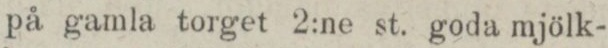
på gamla torget 2:ne st. goda mjölk-